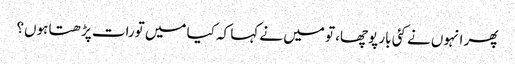
پھر انہوں نے کئی بار پوچھا، تو میں نے کہا کہ کیا میں تورات پڑھتا ہوں؟